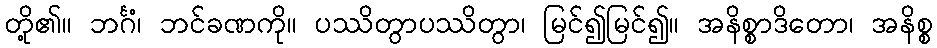
တို့၏။ ဘင်္ဂံ၊ ဘင်ခဏကို။ ပဿိတွာပဿိတွာ၊ မြင်၍မြင်၍။ အနိစ္စာဒိတော၊ အနိစ္စ